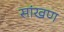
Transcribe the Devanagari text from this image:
सांखण